Medical and sanitary report on the native army of Bombay for the year
Year: 1879
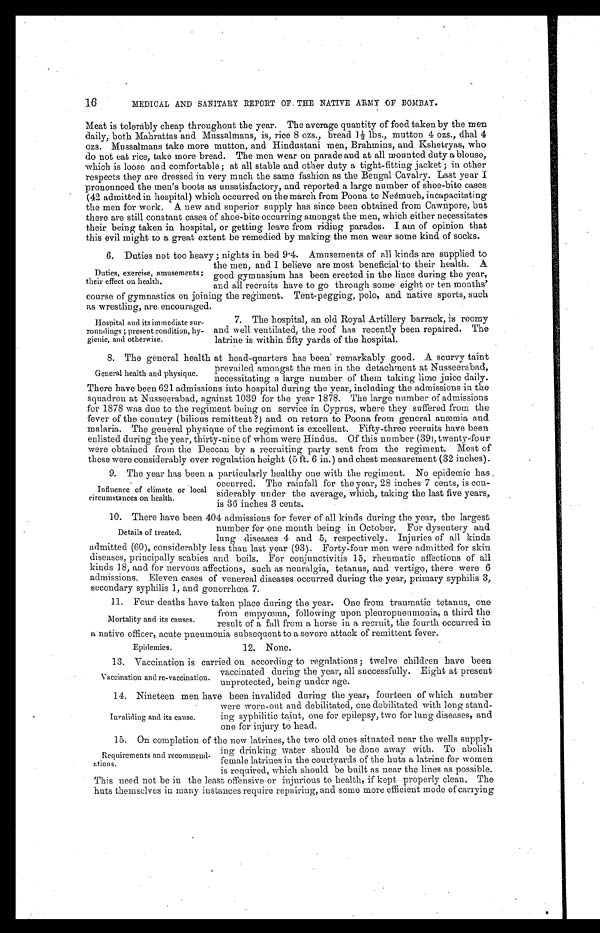
Epidemics.
12. None.
16
MEDICAL AND SANITARY REPORT OF THE NATIVE ARMY OF BOMBAY.
Meat is tolerably cheap throughout the year. The average quantity of food taken by the men
daily; both Mahrattas and Mussalmans, is, rice 8 ozs., bread 1½ lbs., mutton 4 ozs., dhal 4
ozs. Mussalmans take more mutton, and Hindustani men, Brahmins, and Kshetryas, who
do not eat rice, take more bread. The men wear on parade and at all mounted duty a blouse,
which is loose and comfortable; at all stable and other duty a tight-fitting jacket; in other
respects they are dressed in very much the same fashion as the Bengal Cavalry. Last year I
pronounced the men's boots as unsatisfactory, and reported a large number of shoe-bite cases
(42 admitted in hospital) which occurred on the march from Poona to Neémuch, incapacitating
the men for work. A new and superior supply has since been obtained from Cawnpore, but
there are still constant cases of shoe-bite occurring amongst the men, which either necessitates
their being taken in hospital, or getting leave from riding parades. I am of opinion that
this evil might to a great extent be remedied by making the men wear some kind of socks.
6. Duties not too heavy; nights in bed 9·4. Amusements of all kinds are supplied to
the men, and I believe are most beneficial to their health. A
good gymnasium has been erected in the lines during the year,
and all recruits have to go through some eight or ten months'
course of gymnastics on joining the regiment. Tent-pegging, polo, and native sports, such
as wrestling, are encouraged.
Duties, exercise, amusements;
their effect on health.
Hospital and its immediate sur-
roundings; present condition, hy
-gienic, and otherwise.
7. The hospital, an old Royal Artillery barrack, is roomy
and well ventilated, the roof has recently been repaired. The
latrine is within fifty yards of the hospital.
8. The general health at head-quarters has been remarkably good. A scurvy taint
prevailed amongst the men in the detachment at Nusseerabad,
necessitating a large number of them taking lime juice daily.
There have been 621 admissions into hospital during the year, including the admissions in the
squadron at Nusseerabad, against 1039 for the year 1878. The large number of admissions
for 1878 was due to the regiment being on service in Cyprus, where they suffered from the
fever of the country (bilious remittent ?) and on return to Poona from general anæmia and
malaria. The general physique of the regiment is excellent. Fifty-three recruits have been
enlisted during the year, thirty-nine of whom were Hindus. Of this number (39), twenty-four
were obtained from the Deccan by a recruiting party sent from the regiment. Most of
these were considerably over regulation height (5 ft. 6 in.) and chest measurement (32 inches).
9. The year has been a particularly healthy one with the regiment. No epidemic has
occurred. The rainfall for the year, 28 inches 7 cents, is con-
-siderably under the average, which, taking the last five years,
is 36 inches 3 cents.
10. There have been 404 admissions for fever of all kinds during the year, the largest
number for one month being in October. For dysentery and
lung diseases 4 and 5, respectively. Injuries of all kinds
admitted (60), considerably less than last year (93). Forty-four men were admitted for skin
diseases, principally scabies and boils. For conjunctivitis 15, rheumatic affections of all
kinds 18, and for nervous affections, such as neuralgia, tetanus, and vertigo, there were 6
admissions. Eleven cases of venereal diseases occurred during the year, primary syphilis 3,
secondary syphilis 1, and gonorrhœa 7.
11. Four deaths have taken place during the year. One from traumatic tetanus, one
from empyœma, following upon pleuropneumonia, a third the
result of a fall from a horse in a recruit, the fourth occurred in
a native officer, acute pneumonia subsequent to a severe attack of remittent fever.
General health and physique.
Influence of climate or local
circumstances on health.
Details of treated.
Mortality and its causes.
13. Vaccination is carried on according to regulations; twelve children have been
vaccinated during the year, all successfully. Eight at present
unprotected, being under age.
14. Nineteen men have been invalided during the year, fourteen of which number
were worn-out and debilitated, one debilitated with long stand
-ing syphilitic taint, one for epilepsy, two for lung diseases, and
one for injury to head.
15. On completion of the new latrines, the two old ones situated near the wells supply
-ing water should be done away with. To abolish
female latrines in the courtyards of the huts a latrine for women
is required, which should be built as near the lines as possible.
This need not be in the least offensive or injurious to health, if kept properly clean. The
huts themselves in many instances require repairing, and some more efficient mode of carrying
Vaccination and re-vaccination.
Invaliding and its cause.
Requirements and recommend
-ations.